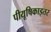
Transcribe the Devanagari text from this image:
पीयूषिकाइतर